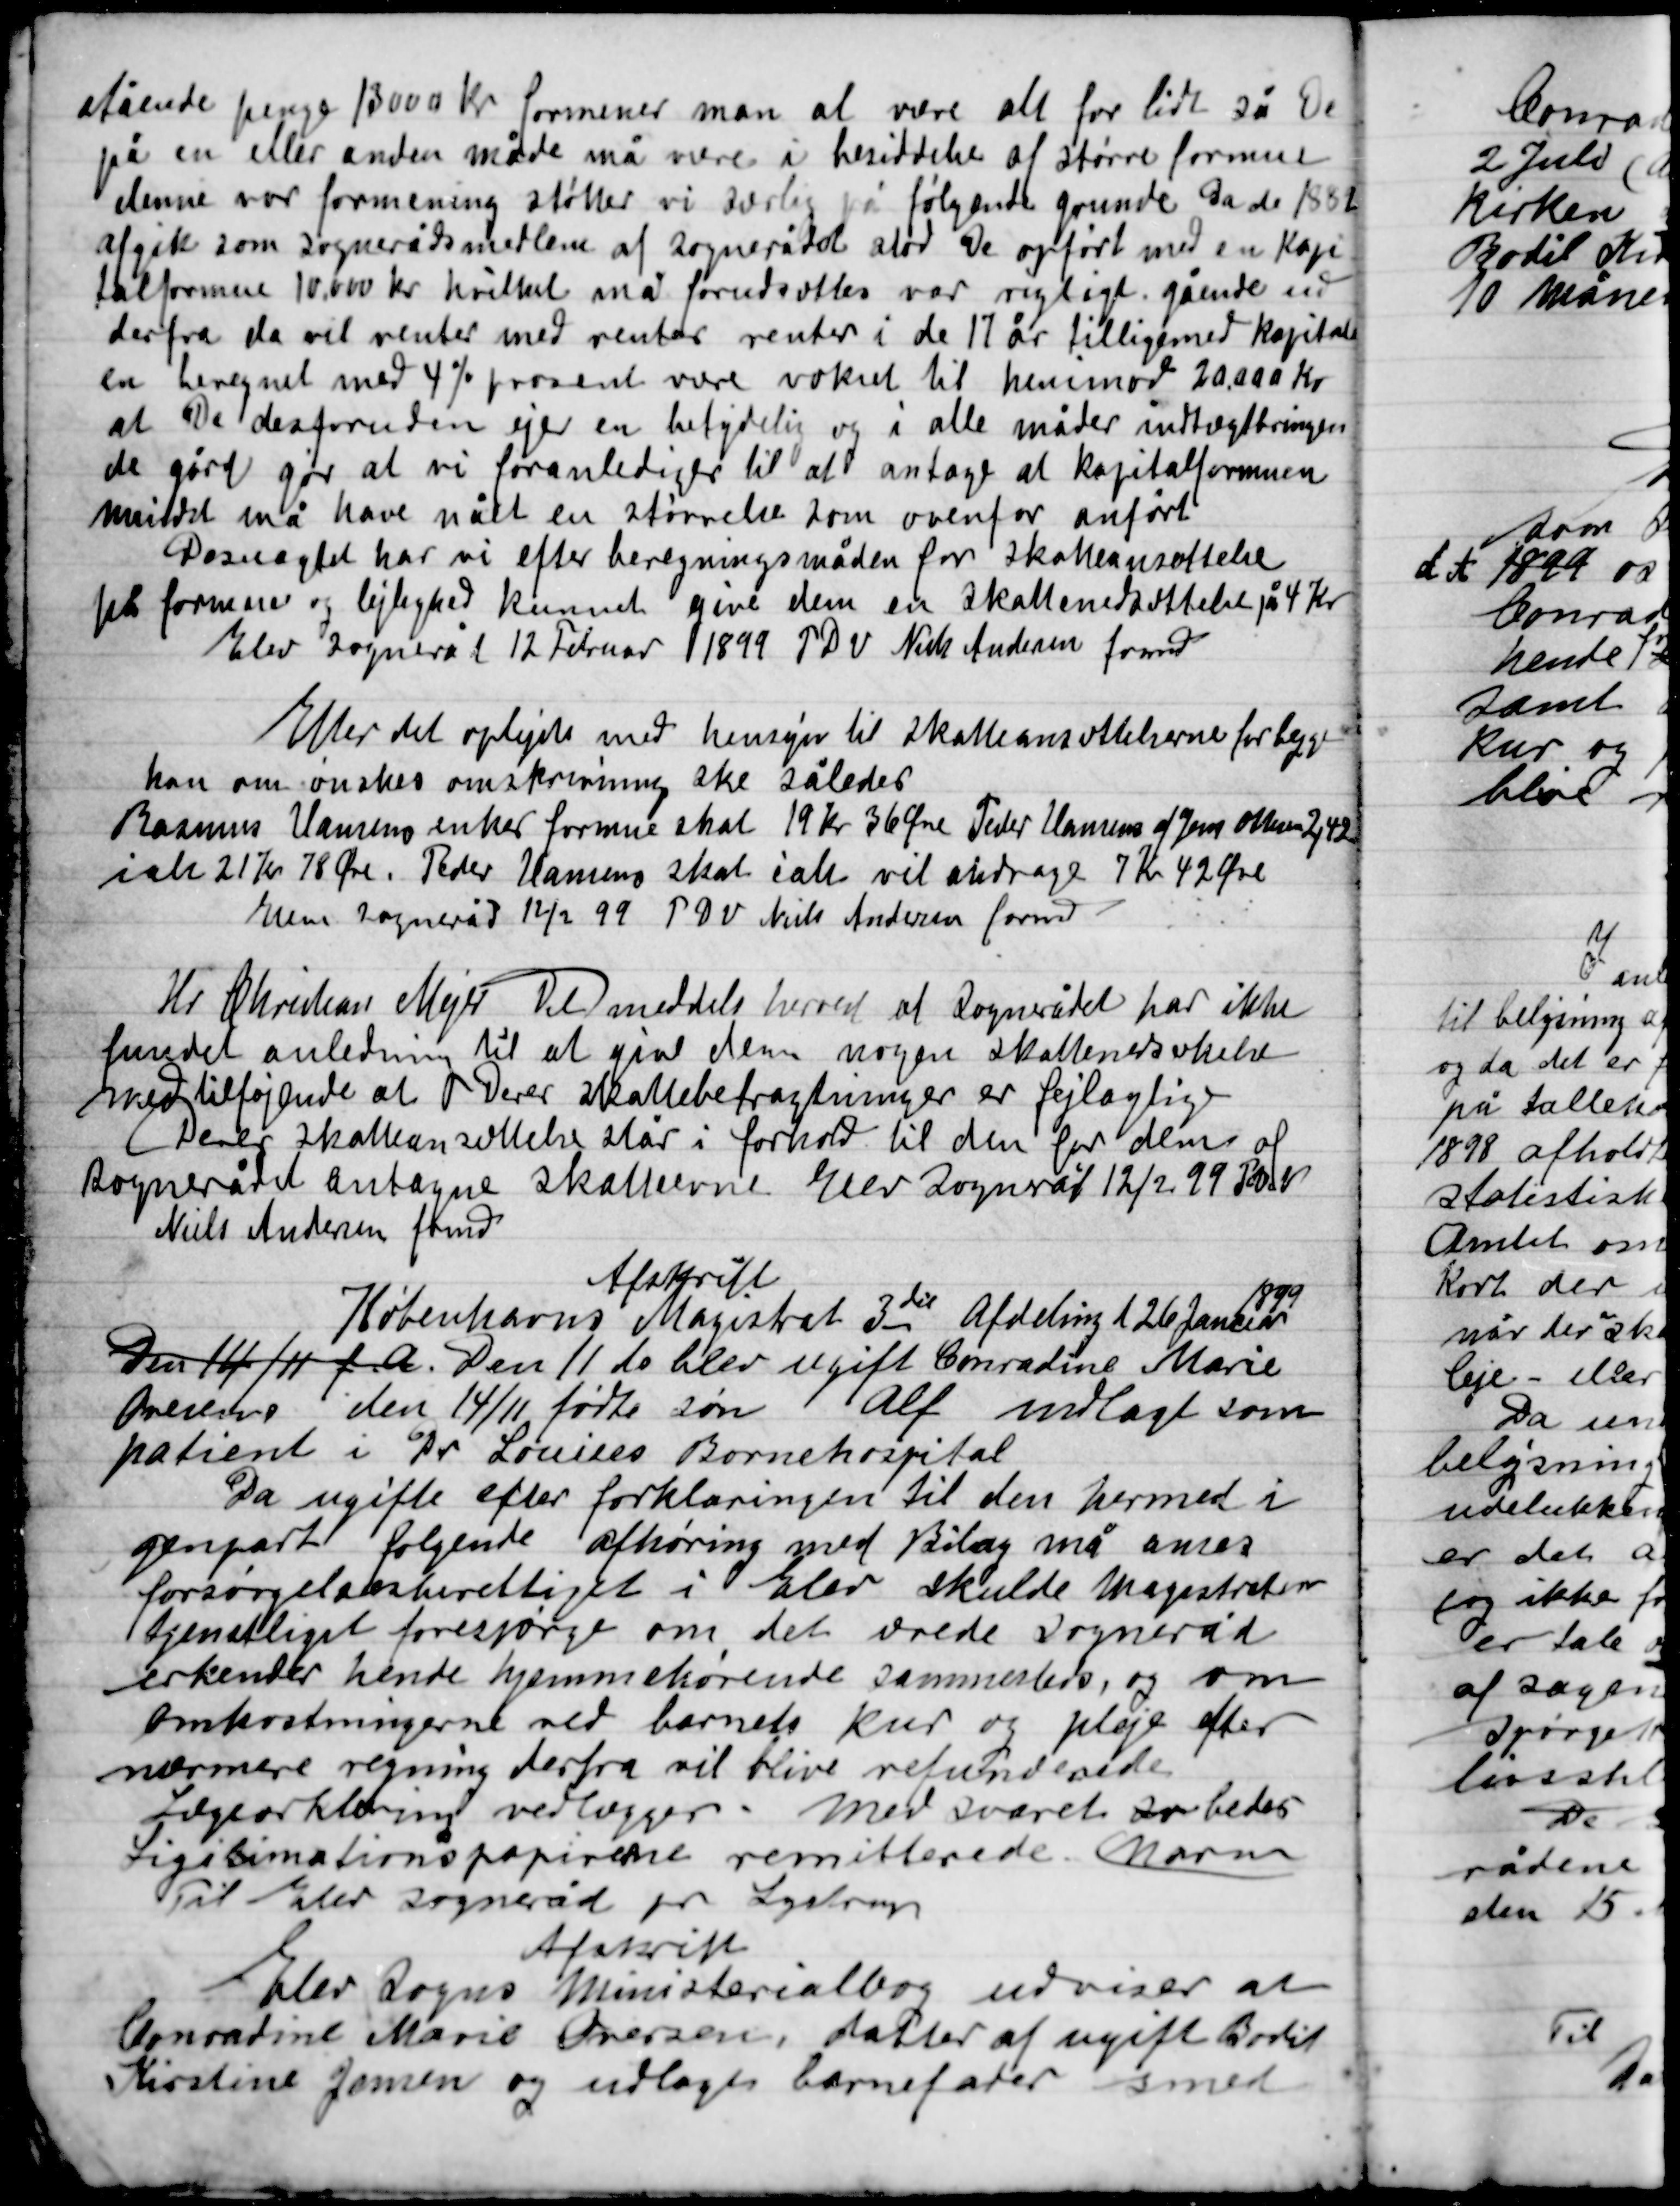
Transskription:
stående penge 13000 Kr. formener man at være alt for lidt så de
på en eller anden måde må være i besiddelse at større formue
denne var formening støder vi særlig på følgende grunde Da de 1882
afgik som Sognerådsmedlem af Sognerådet stod de opført med en kapi-
talformue 10.000 Kr. hvilket må forudsættes var rigtigt gående ud
derfra Da vil ventes med rentes renter i de 17 år tilligemed kapitalen
er beregnet med 4 % procent være vokset til henimod 20.000 Kr.
at De derforuden ejer en betydelig og i alle måder indtægtsbringen-
de gård gør at vi foranlediger til at antage at kapitalformuen
mindst må have nået en størrelse som overfor anført
Desuagtet har vi efter beregningsmåden for skatteansættelse
for formuer og lejlighed kunnet give dem en skattenedstættelse på 4 Kr.
Elev Sogneråd 12 Februar 1899 P.D.V. Niels Andersen fmd.

Efter det oplyste med hensyn til Skatteansættelsen for begge
kan om ønskes omskrivning ske således
Rasmus Hansens enkes formue skat 19 Kr. 36 Øre Peder Hansens af Jens Olsen 2,42
ialt 21 Kr. 78 Øre Peder Hansens skat i alt vil andrage 7 Kr. 42 Øre
Elev Sogneråd 12/2 99 P.D.V. Niels Andersen fmd.

Hr. Christian Mejer Det meddeles herved at Sognerådet har ikke
fundet anledning til at give dem nogen skattenedsættelse
med tilføjende at Deres skattebetragtninger er fejlagtige
Deres skatteansættelse står i forhold til den for dem af
Sognerådets antagne skatteevne Elev Sogneråd 12/2 99 P.D.V.
Niels Andersen fmd.

Afskrift
Københavns Magistrat 3die Afdeling d. 26 Januar
1899
Den 14/11 f. A. Den 11 do blev ugift Conradine Marie
Andersen den 14/11 fødte søn Alf modtaget som
patient i Dr. Louises Børnehospital
Da ugifte efter forklaringen til en hermed i
genpart følgende afhøring med Bilag må anses
forsørgelsesberettiget i Elev skulde Magistraten
tjenstligst forespørge om det ærede Sogneråd
erkender hende hjemmehørende sammesteds og om
omkostningerne ved barnets kur og pleje efter
nærmere regning derfra vil blive refunderede.
Lægeerklæring vedlægges med svaret således
Ligationspapirerne remitterede moderen
Til Elev Sogneråd pr. Lystrup

Afskrift
Elev Sogns Ministerialbog udviser at
Conradine Marie Ovesen datter af ugift Bodil
Kirstine Jensen og udlagte barnefader smed